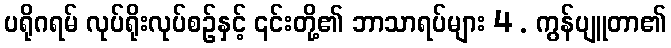
ပရိုဂရမ် လုပ်ရိုးလုပ်စဉ်နှင့် ၎င်းတို့၏ ဘာသာရပ်များ 4 . ကွန်ပျူတာ၏